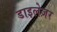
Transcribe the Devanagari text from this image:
डाइलेज़र